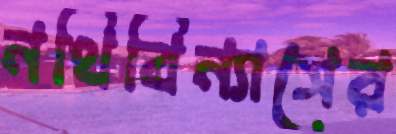
নথিবিন্যাসের